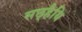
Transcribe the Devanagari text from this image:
सछ्हैयि